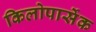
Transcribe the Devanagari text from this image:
किलोपार्सेक